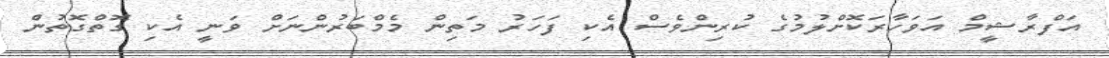
އަފްރާޝީމް އަވަހާރަކޮށްލުމުގެ ކުރިންވެސް އެކި ފަހަރު މަތިން މެމްބަރުންނަށް ވަނީ އެކި ގޮތްގޮތުން